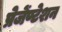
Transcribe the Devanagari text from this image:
प्रेजेंण्टेशन